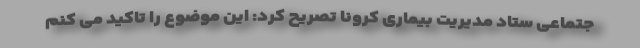
جتماعی ستاد مدیریت بیماری کرونا تصریح کرد: این موضوع را تاکید می کنم